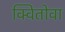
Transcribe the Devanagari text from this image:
क्वितोवा